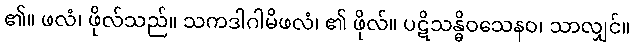
၏။ ဖလံ၊ ဖိုလ်သည်။ သကဒါဂါမိဖလံ၊ ၏ ဖိုလ်။ ပဋိသန္ဓိဝသေနဝ၊ သာလျှင်။